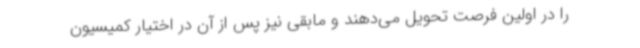
را در اولین فرصت تحویل می‌دهند و مابقی نیز پس از آن در اختیار کمیسیون